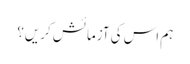
ہم اس کی آزمائش کریں؟